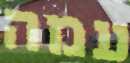
עמה